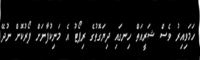
ހަމަވިއިރު ވެސް ޝަރީއަތް ހިނގައި ދިޔަގޮތުގެ ރިޕޯޓު އެ މަނިކުފާނަށް ފޯރުކޮށް ނުދޭ